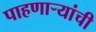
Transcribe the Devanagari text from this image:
पाहणाऱ्यांची